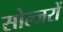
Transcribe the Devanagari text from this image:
सोल्जरों